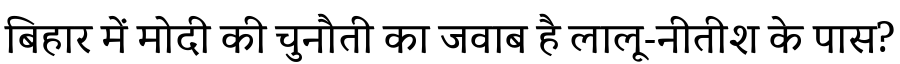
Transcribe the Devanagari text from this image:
बिहार में मोदी की चुनौती का जवाब है लालू-नीतीश के पास?